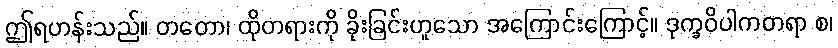
ဤရဟန်းသည်။ တတော၊ ထိုတရားကို ခိုးခြင်းဟူသော အကြောင်းကြောင့်။ ဒုက္ခဝိပါကတရာ စ၊